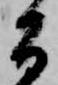
間